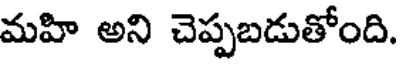
మహి అని చెప్పబడుతోంది.